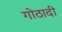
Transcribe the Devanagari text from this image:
गोठादी